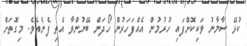
ކުޅޭ ސާމާނު ވަކިކޮށްފައި ހުރުމުން އެއްފަހަރުން ހޯދަން ބޭނުންވާ އެތި ފެނެއެވެ. މިގޮތަށް